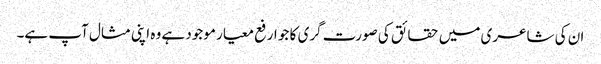
ان کی شاعری میں حقائق کی صورت گری کا جو ارفع معیار موجود ہے وہ اپنی مثال آپ ہے۔